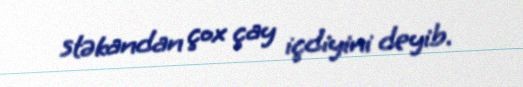
stəkandan çox çay içdiyini deyib.